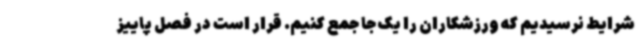
شرایط نرسیدیم که ورزشکاران را یک جا جمع کنیم. قرار است در فصل پاییز